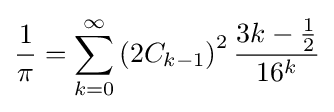
{\frac {1}{\pi }}=\sum _{k=0}^{\infty }\left(2C_{k-1}\right)^{2}{\frac {3k-{\frac {1}{2}}}{16^{k}}}